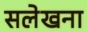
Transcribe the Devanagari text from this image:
सलेखना